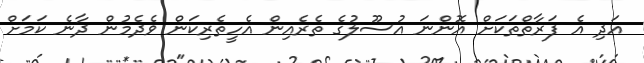
އަދި އެ ފަރާތްތަަކަށް އޮންނަ އުސޫލުގެ ތެރެއިން އެހީތެރިކަން ވެދެމުން ދާނެ ކަމަށް